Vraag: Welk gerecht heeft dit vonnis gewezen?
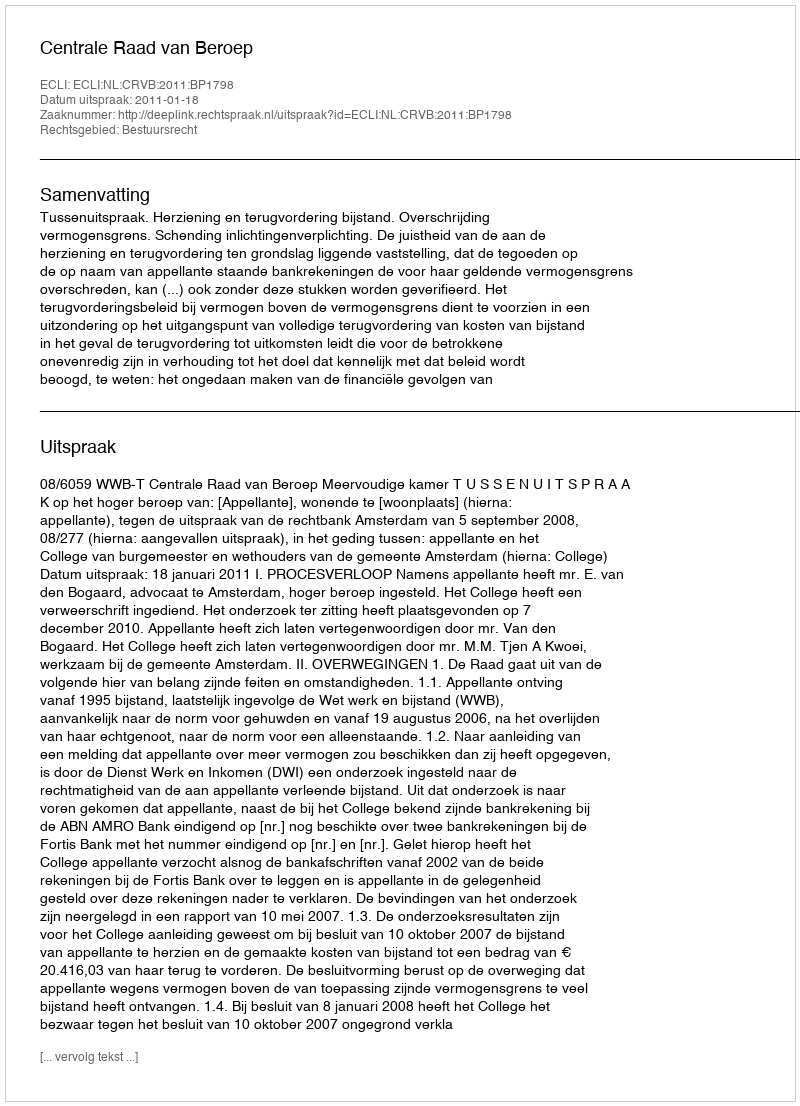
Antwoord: Centrale Raad van Beroep